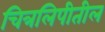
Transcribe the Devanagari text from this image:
चित्रलिपीतील